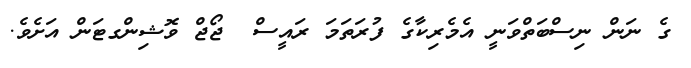
ގެ ނަން ނިސްބަތްވަނީ އެމެރިކާގެ ފުރަތަމަ ރައީސް  ޖޯޖް ވޮޝިންގޓަން އަށެވެ.